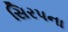
સિરપના